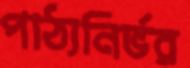
পাঠ্যনির্ভর